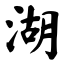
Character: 湖